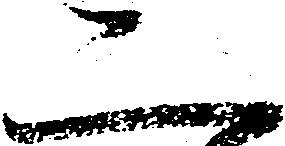
二